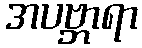
အပဗ္ဘာရာ